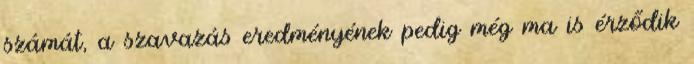
számát, a szavazás eredményének pedig még ma is érződik